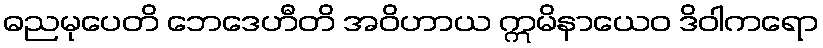
ဓညမုပေတိ ဘေဒေဟီတိ အဝိဟာယ ဣမိနာယေဝ ဒိဝါကရော